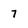
Character: 7